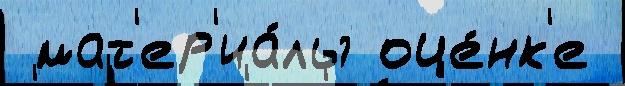
 мат'ер'иа́лы оце́нк'е